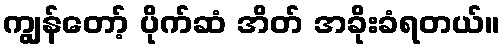
ကျွန်တော့် ပိုက်ဆံ အိတ် အခိုးခံရတယ်။